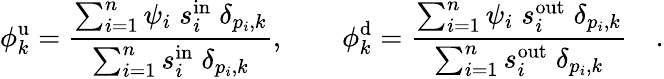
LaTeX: \phi_{k}^{\mathrm{u}}=\frac{\sum_{i=1}^{n}\psi_{i}\; s_{i}^{\mathrm{in}}\; \delta_{p_{i},k}}{\sum_{i=1}^{n}s_{i}^{\mathrm{in}}\; \delta_{p_{i},k}},\qquad\phi_{k}^{\mathrm{d}}=\frac{\sum_{i=1}^{n}\psi_{i}\; s_{i}^{\mathrm{out}}\; \delta_{p_{i},k}}{\sum_{i=1}^{n}s_{i}^{\mathrm{out}}\; \delta_{p_{i},k}}\quad.